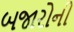
બજારોની